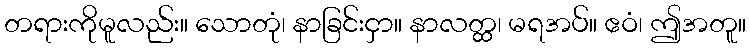
တရားကိုမူလည်း။ သောတုံ၊ နာခြင်းငှာ။ နာလတ္ထ၊ မရအပ်။ ဧဝံ၊ ဤအတူ။